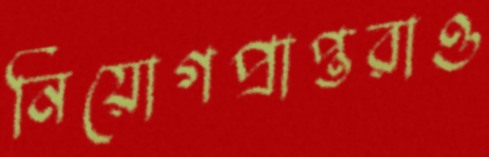
নিয়োগপ্রাপ্তরাও